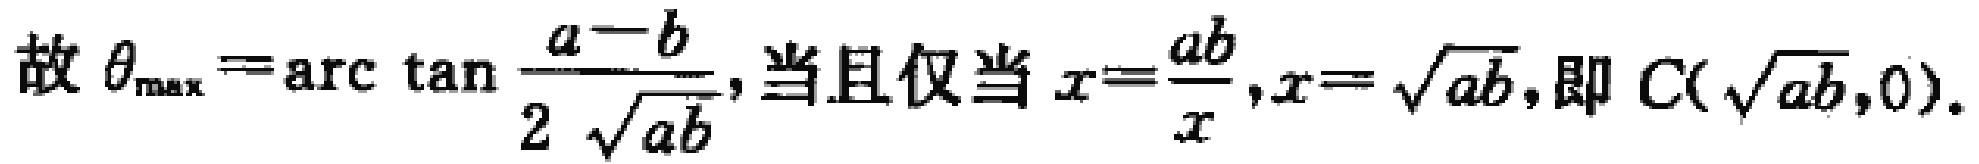
故 $\theta_{\max}=\mathrm{arc}\tan\frac{a - b}{2\sqrt{ab}}$, 当且仅当 $x = \frac{ab}{x},x = \sqrt{ab}$, 即 $C(\sqrt{ab},0)$.